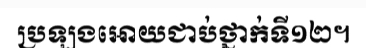
ប្រឡងអោយជាប់ថ្នាក់ទី១២។